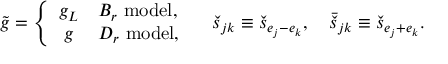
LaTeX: \tilde { g } = \left\{ \begin{array} { c l } { { g _ { L } } } & { { B _ { r } \ \mathrm { m o d e l } , } } \\ { { g } } & { { D _ { r } \ \mathrm { m o d e l } , } } \end{array} \right. \quad \check { s } _ { j k } \equiv \check { s } _ { e _ { j } - e _ { k } } , \quad \bar { \check { s } } _ { j k } \equiv \check { s } _ { e _ { j } + e _ { k } } .